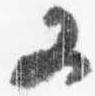
又